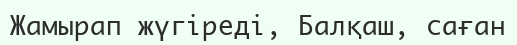
Жамырап жүгіреді, Балқаш, саған